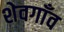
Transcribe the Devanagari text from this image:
शेवगाँव